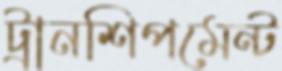
ট্রানশিপমেন্ট